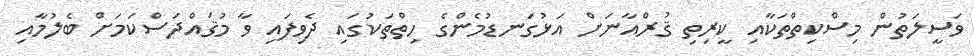
ވަސީލަތުން މިސްކިތްތަކާއި ކީރިތި ޤުރްއާނަށް އަޅުގަނޑުމެންގެ ހިތްތަކުގައި ދެވިފައި ވާ މުޤައްދަސްކަމަށް ބެލުމާއި